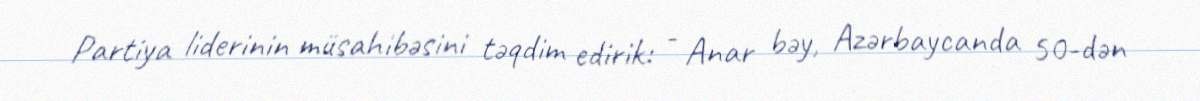
Partiya liderinin müsahibəsini təqdim edirik: - Anar bəy, Azərbaycanda 50-dən